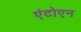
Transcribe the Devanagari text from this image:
एंटोएन